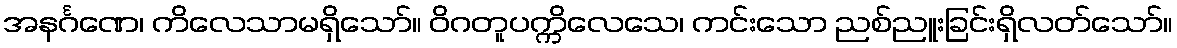
အနင်္ဂဏေ၊ ကိလေသာမရှိသော်။ ဝိဂတူပက္ကိလေသေ၊ ကင်းသော ညစ်ညူးခြင်းရှိလတ်သော်။